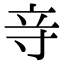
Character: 𮄧